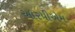
આરપીએમ